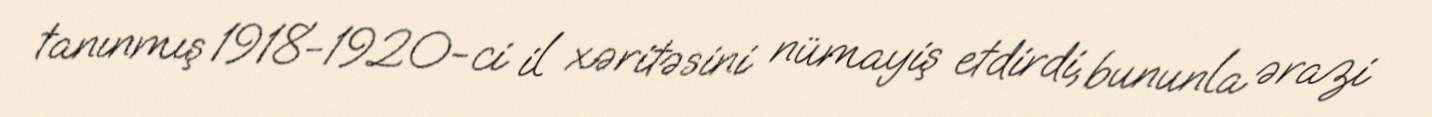
tanınmış 1918-1920-ci il xəritəsini nümayiş etdirdi, bununla ərazi